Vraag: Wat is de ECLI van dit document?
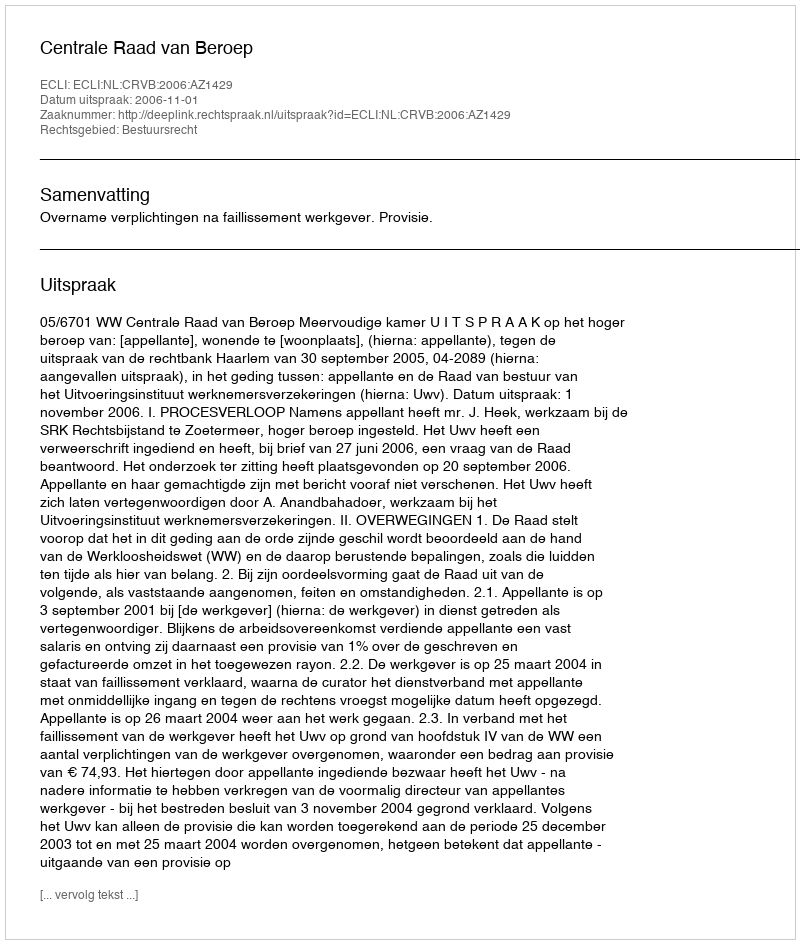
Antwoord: ECLI:NL:CRVB:2006:AZ1429